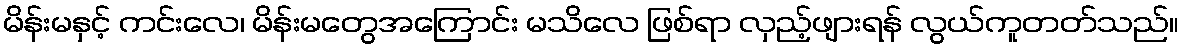
မိန်းမနှင့် ကင်းလေ၊ မိန်းမတွေအကြောင်း မသိလေ ဖြစ်ရာ လှည့်ဖျားရန် လွယ်ကူတတ်သည်။